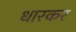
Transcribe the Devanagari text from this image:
धारकर